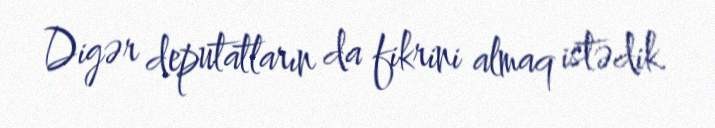
Digər deputatların da fikrini almaq istədik.